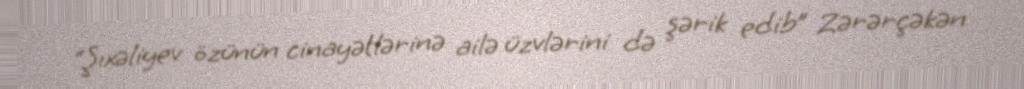
“Şıxəliyev özünün cinayətlərinə ailə üzvlərini də şərik edib” Zərərçəkən